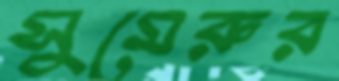
সুমেরুর